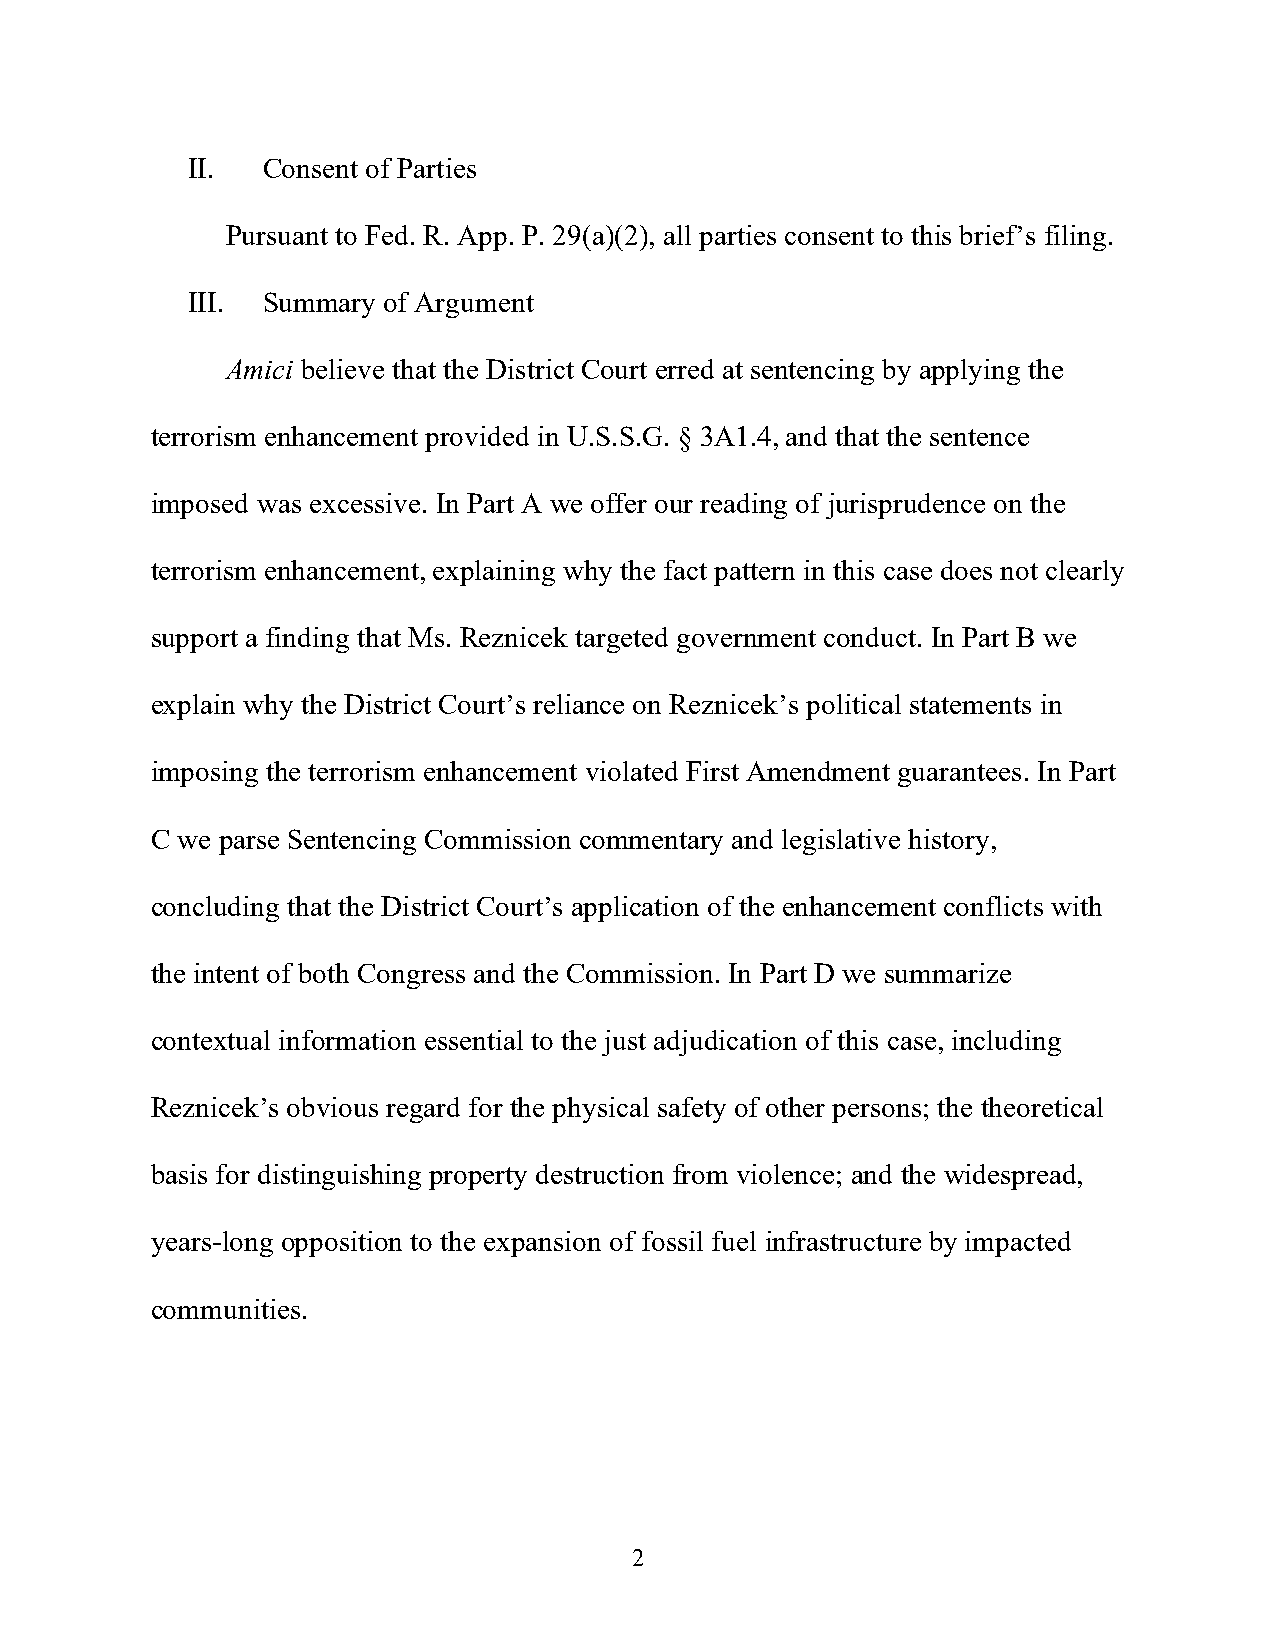
II.  Consent of Parties
 Pursuant to Fed. R. App. P. 29(a)(2), all parties consent to this brief’s filing.
 III. Summary of Argument
 Amici believe that the District Court erred at sentencing by applying the
 terrorism enhancement provided in U.S.S.G. § 3A1.4, and that the sentence
 imposed was excessive. In Part A we offer our reading of jurisprudence on the
 terrorism enhancement, explaining why the fact pattern in this case does not clearly
 support a finding that Ms. Reznicek targeted government conduct. In Part B we
 explain why the District Court’s reliance on Reznicek’s political statements in
 imposing the terrorism enhancement violated First Amendment guarantees. In Part
 C we parse Sentencing Commission commentary and legislative history,
 concluding that the District Court’s application of the enhancement conflicts with
 the intent of both Congress and the Commission. In Part D we summarize
 contextual information essential to the just adjudication of this case, including
 Reznicek’s obvious regard for the physical safety of other persons; the theoretical
 basis for distinguishing property destruction from violence; and the widespread,
 years-long opposition to the expansion of fossil fuel infrastructure by impacted
 communities.
 2